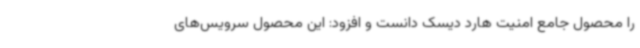
را محصول جامع امنیت هارد دیسک دانست و افزود: این محصول سرویس‌های